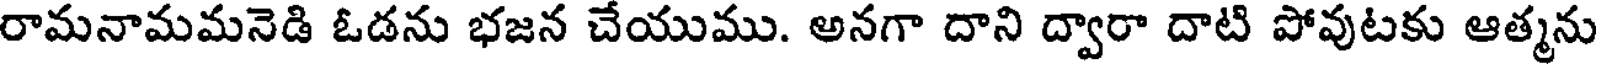
రామనామమనెడి ఓడను భజన చేయుము. అనగా దాని ద్వారా దాటి పోవుటకు ఆత్మను